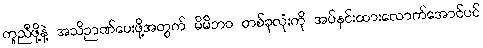
ကူညီဖို့နဲ့ အသိဉာဏ်ပေးဖို့အတွက် မိမိဘဝ တစ်ခုလုံးကို အပ်နှင်းထားလောက်အောင်ပင်